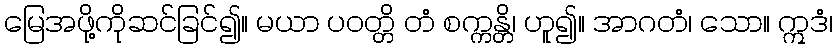
မြေအဖို့ကိုဆင်ခြင်၍။ မယာ ပဝတ္တိ တံ စက္ကန္တိ၊ ဟူ၍။ အာဂတံ၊ သော။ ဣဒံ၊